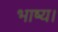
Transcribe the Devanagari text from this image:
भाष्य।